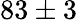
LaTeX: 83\pm 3